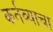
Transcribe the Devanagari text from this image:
कर्तव्याचा